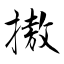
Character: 𢳆